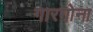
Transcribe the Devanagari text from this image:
गारगोना